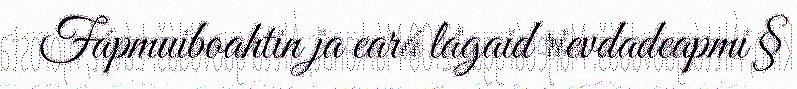
Fápmuiboahtin ja eará lágaid rievdadeapmi §